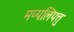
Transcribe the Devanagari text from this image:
मप्पलिपत्तु